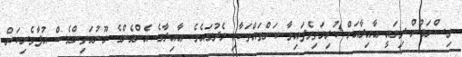
ވިސްނަމުން ދިޔައީ ޢާއިލާއަށް ކުރިމަތިވެފައިވާ ކަންތައްތަކާއި މެދުގައެވެ. ޢާއިލާގެ އެންމެންގެ މޫނުމަތިންވެސް އުފާވެރިކަން